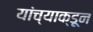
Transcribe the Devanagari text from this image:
यांच्याक्डून